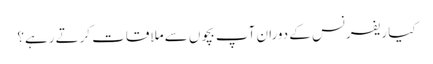
کیا ریفرنس کے دوران آپ بچوں سے ملاقات کرتے رہے؟